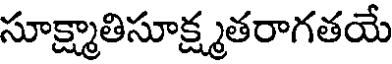
సూక్ష్మాతిసూక్ష్మతరాగతయే